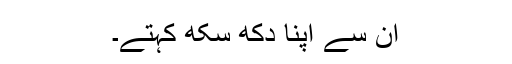
ان سے اپنا دکھ سکھ کہتے۔